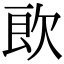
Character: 欴